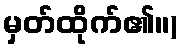
မှတ်ထိုက်၏။)